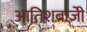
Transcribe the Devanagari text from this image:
आतिशबाज़ीे